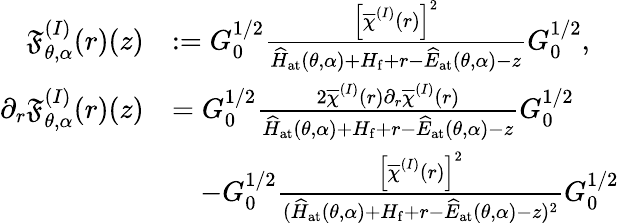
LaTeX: \begin{array}{rl}{\mathfrak{F}_{\theta,\alpha}^{(I)}(r)(z)}&{:=G_{0}^{1/2}\frac{\left[\overline{{\chi}}^{(I)}(r)\right]^{2}}{\widehat{H}_{\mathrm{at}}(\theta,\alpha)+H_{\mathrm{f}}+r-\widehat{E}_{\mathrm{at}}(\theta,\alpha)-z}G_{0}^{1/2},}\\ {\partial_{r}\mathfrak{F}_{\theta,\alpha}^{(I)}(r)(z)}&{=G_{0}^{1/2}\frac{2\overline{{\chi}}^{(I)}(r)\partial_{r}\overline{{\chi}}^{(I)}(r)}{\widehat{H}_{\mathrm{at}}(\theta,\alpha)+H_{\mathrm{f}}+r-\widehat{E}_{\mathrm{at}}(\theta,\alpha)-z}G_{0}^{1/2}}\\ &{\quad-G_{0}^{1/2}\frac{\left[\overline{{\chi}}^{(I)}(r)\right]^{2}}{(\widehat{H}_{\mathrm{at}}(\theta,\alpha)+H_{\mathrm{f}}+r-\widehat{E}_{\mathrm{at}}(\theta,\alpha)-z)^{2}}G_{0}^{1/2}}\end{array}